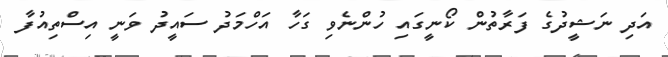
އަދި ނަޝީދުގެ ފަރާތުން ކޯނީގައި ހުންނެވި ގަހާ އަހްމަދު ސައީދު ވަނީ އިސްތިއުފާ